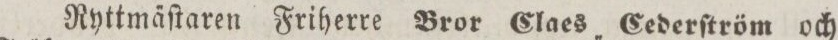
Ryttmäſtaren Friherre Bror Claes Cederſtröm och